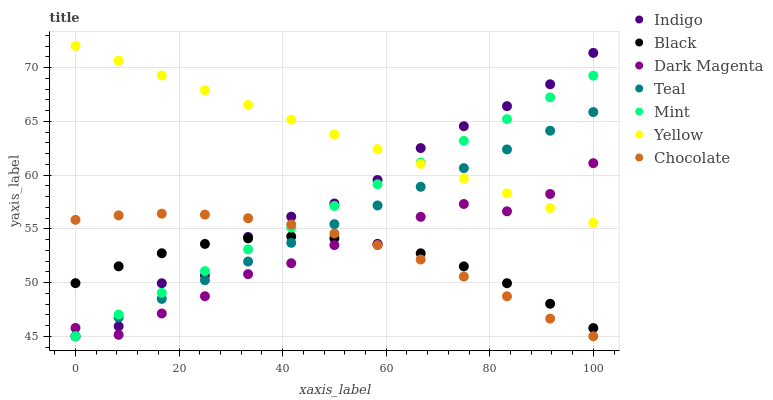
| xaxis_label | Indigo | Black | Dark Magenta | Teal | Mint | Yellow | Chocolate |
 | --- | --- | --- | --- | --- | --- | --- | --- |
 | 0 | 45 | 49.9 | 45.8 | 45 | 45 | 72 | 55.8 |
 | 8.33 | 45.9 | 51.5 | 45.1 | 46.7 | 47 | 70.6 | 56.2 |
 | 16.7 | 49.9 | 52.7 | 47.1 | 48.5 | 49 | 69.3 | 56.4 |
 | 25 | 50.7 | 53.6 | 48.7 | 50.2 | 51.1 | 67.9 | 56.3 |
 | 33.3 | 54.2 | 54.1 | 50.8 | 52 | 53.1 | 66.5 | 56 |
 | 41.7 | 56.1 | 54.3 | 51.8 | 53.7 | 55.1 | 65.2 | 55.4 |
 | 50 | 57.4 | 54.1 | 53.5 | 55.4 | 57.1 | 63.8 | 54.6 |
 | 58.3 | 59.5 | 53.6 | 53.5 | 57.2 | 59.1 | 62.4 | 53.5 |
 | 66.7 | 62.5 | 52.7 | 56.1 | 58.9 | 61.2 | 61 | 52.1 |
 | 75 | 64.5 | 51.5 | 57.3 | 60.6 | 63.2 | 59.7 | 50.6 |
 | 83.3 | 66.4 | 49.9 | 56.6 | 62.4 | 65.2 | 58.3 | 48.7 |
 | 91.7 | 68.4 | 48 | 58.2 | 64.1 | 67.2 | 56.9 | 46.6 |
 | 100 | 71.4 | 45.8 | 61.1 | 65.9 | 69.2 | 55.6 | 45 |